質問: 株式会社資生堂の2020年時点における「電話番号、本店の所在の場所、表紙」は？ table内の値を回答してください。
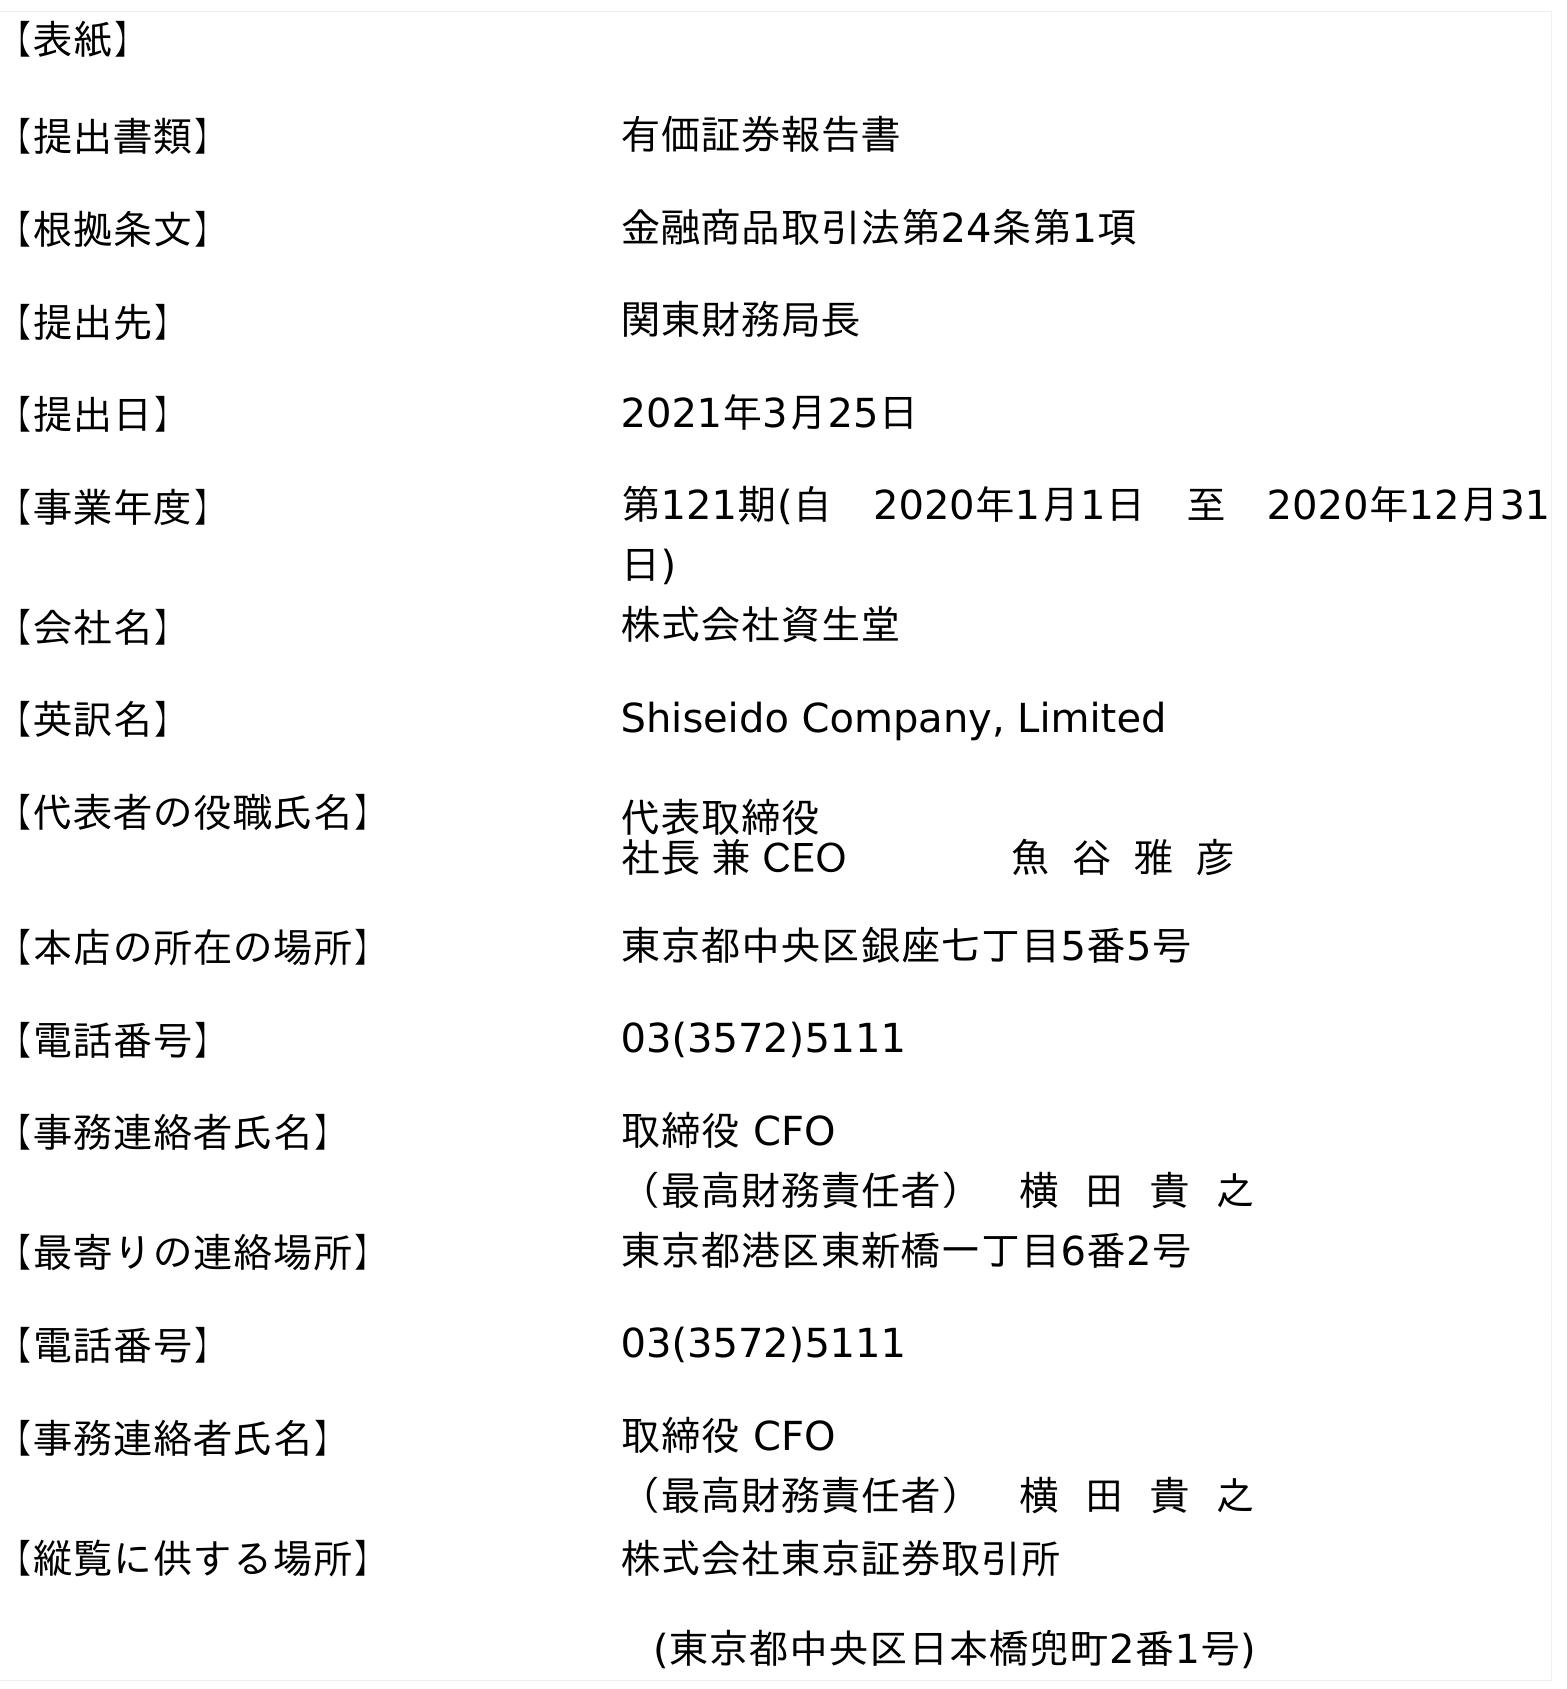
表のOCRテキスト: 【表紙】 【提出書類】 有価証券報告書 【根拠条文】 金融商品取引法第24条第1項 【提出先】 関東財務局長 【提出日】 2021年3月25日 【事業年度】 第121期(自 2020年1月1日 至 2020年12月31 日) 【会社名】 株式会社資生堂 【英訳名】 Shiseido Company, Limited 【代表者の役職氏名】 代表取締役 社長 兼 CEO    魚 谷 雅 彦 【本店の所在の場所】 東京都中央区銀座七丁目5番5号 【電話番号】 03(3572)5111 【事務連絡者氏名】 取締役 CFO （最高財務責任者） 横 田 貴 之 【最寄りの連絡場所】 東京都港区東新橋一丁目6番2号 【電話番号】 03(3572)5111 【事務連絡者氏名】 取締役 CFO （最高財務責任者） 横 田 貴 之 【縦覧に供する場所】 株式会社東京証券取引所 (東京都中央区日本橋兜町2番1号)
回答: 03(3572)5111